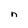
Character: n